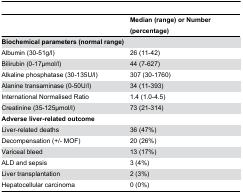
<table><thead><tr><td></td><td><b>Median (range) or Number (percentage)</b></td></tr></thead><tbody><tr><td><b>Biochemical parameters (normal range)</b></td><td></td></tr><tr><td>Albumin (30-51g/l)</td><td>26 (11-42)</td></tr><tr><td>Bilirubin (0-17μmol/l)</td><td>44 (7-627)</td></tr><tr><td>Alkaline phosphatase (30-135U/l)</td><td>307 (30-1760)</td></tr><tr><td>Alanine transaminase (0-50U/l)</td><td>34 (11-393)</td></tr><tr><td>International Normalised Ratio</td><td>1.4 (1.0-4.5)</td></tr><tr><td>Creatinine (35-125μmol/l)</td><td>73 (21-314)</td></tr><tr><td><b>Adverse liver-related outcome</b></td><td></td></tr><tr><td>Liver-related deaths</td><td>36 (47%)</td></tr><tr><td>Decompensation (+/- MOF)</td><td>20 (26%)</td></tr><tr><td>Variceal bleed</td><td>13 (17%)</td></tr><tr><td>ALD and sepsis</td><td>3 (4%)</td></tr><tr><td>Liver transplantation</td><td>2 (3%)</td></tr><tr><td>Hepatocellular carcinoma</td><td>0 (0%)</td></tr></tbody></table>